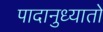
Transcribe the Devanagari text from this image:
पादानुध्यातो